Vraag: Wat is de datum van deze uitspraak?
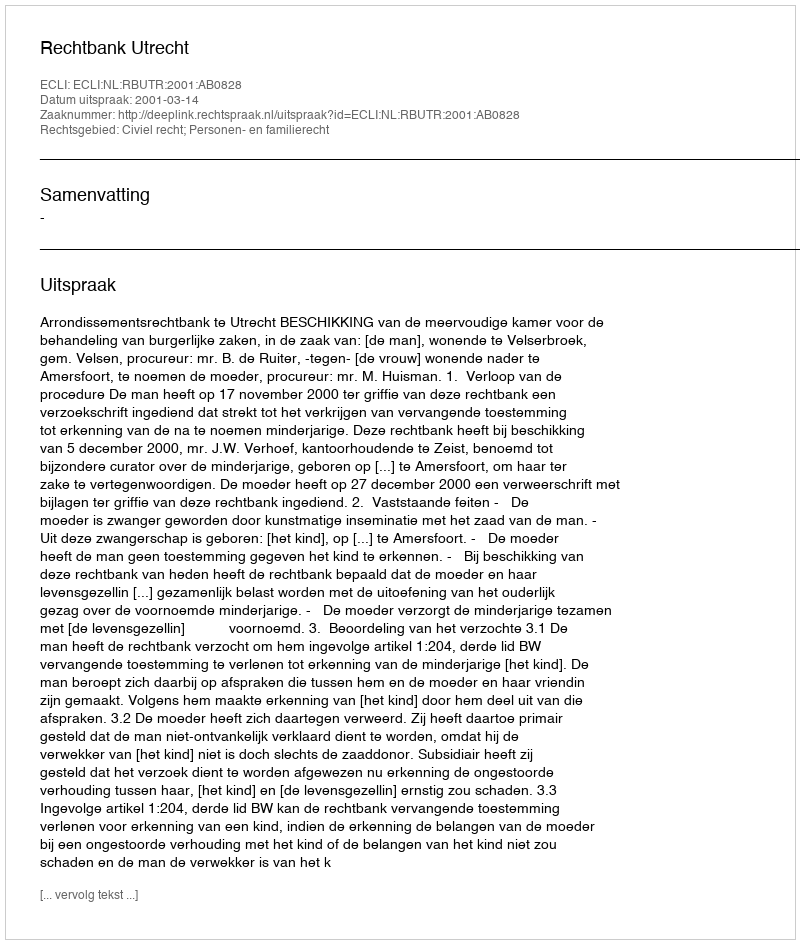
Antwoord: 2001-03-14